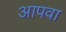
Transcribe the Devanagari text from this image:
आपवा